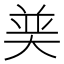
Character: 𮰶